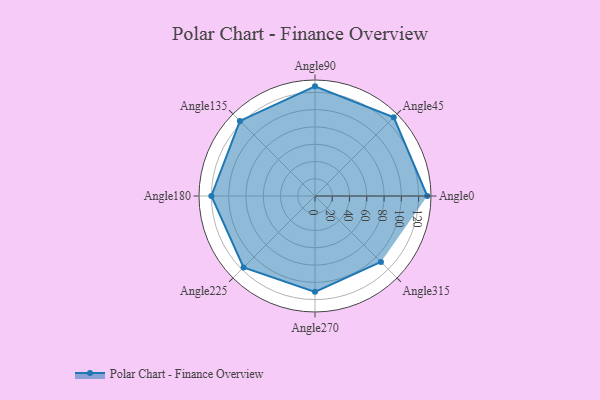
{"axis": {"x": "Angle", "y": "Radius"}, "legend": [""], "data": [{"x": "Angle0", "y": 130.0, "type": ""}, {"x": "Angle45", "y": 129.0, "type": ""}, {"x": "Angle90", "y": 127.0, "type": ""}, {"x": "Angle135", "y": 123.0, "type": ""}, {"x": "Angle180", "y": 120.0, "type": ""}, {"x": "Angle225", "y": 117.0, "type": ""}, {"x": "Angle270", "y": 111.0, "type": ""}, {"x": "Angle315", "y": 108.0, "type": ""}]}